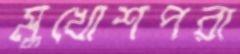
মুখোশপরা